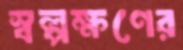
স্বল্পক্ষণের